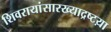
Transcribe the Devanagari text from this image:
शिवरायांसारख्याद्रष्टय़ा